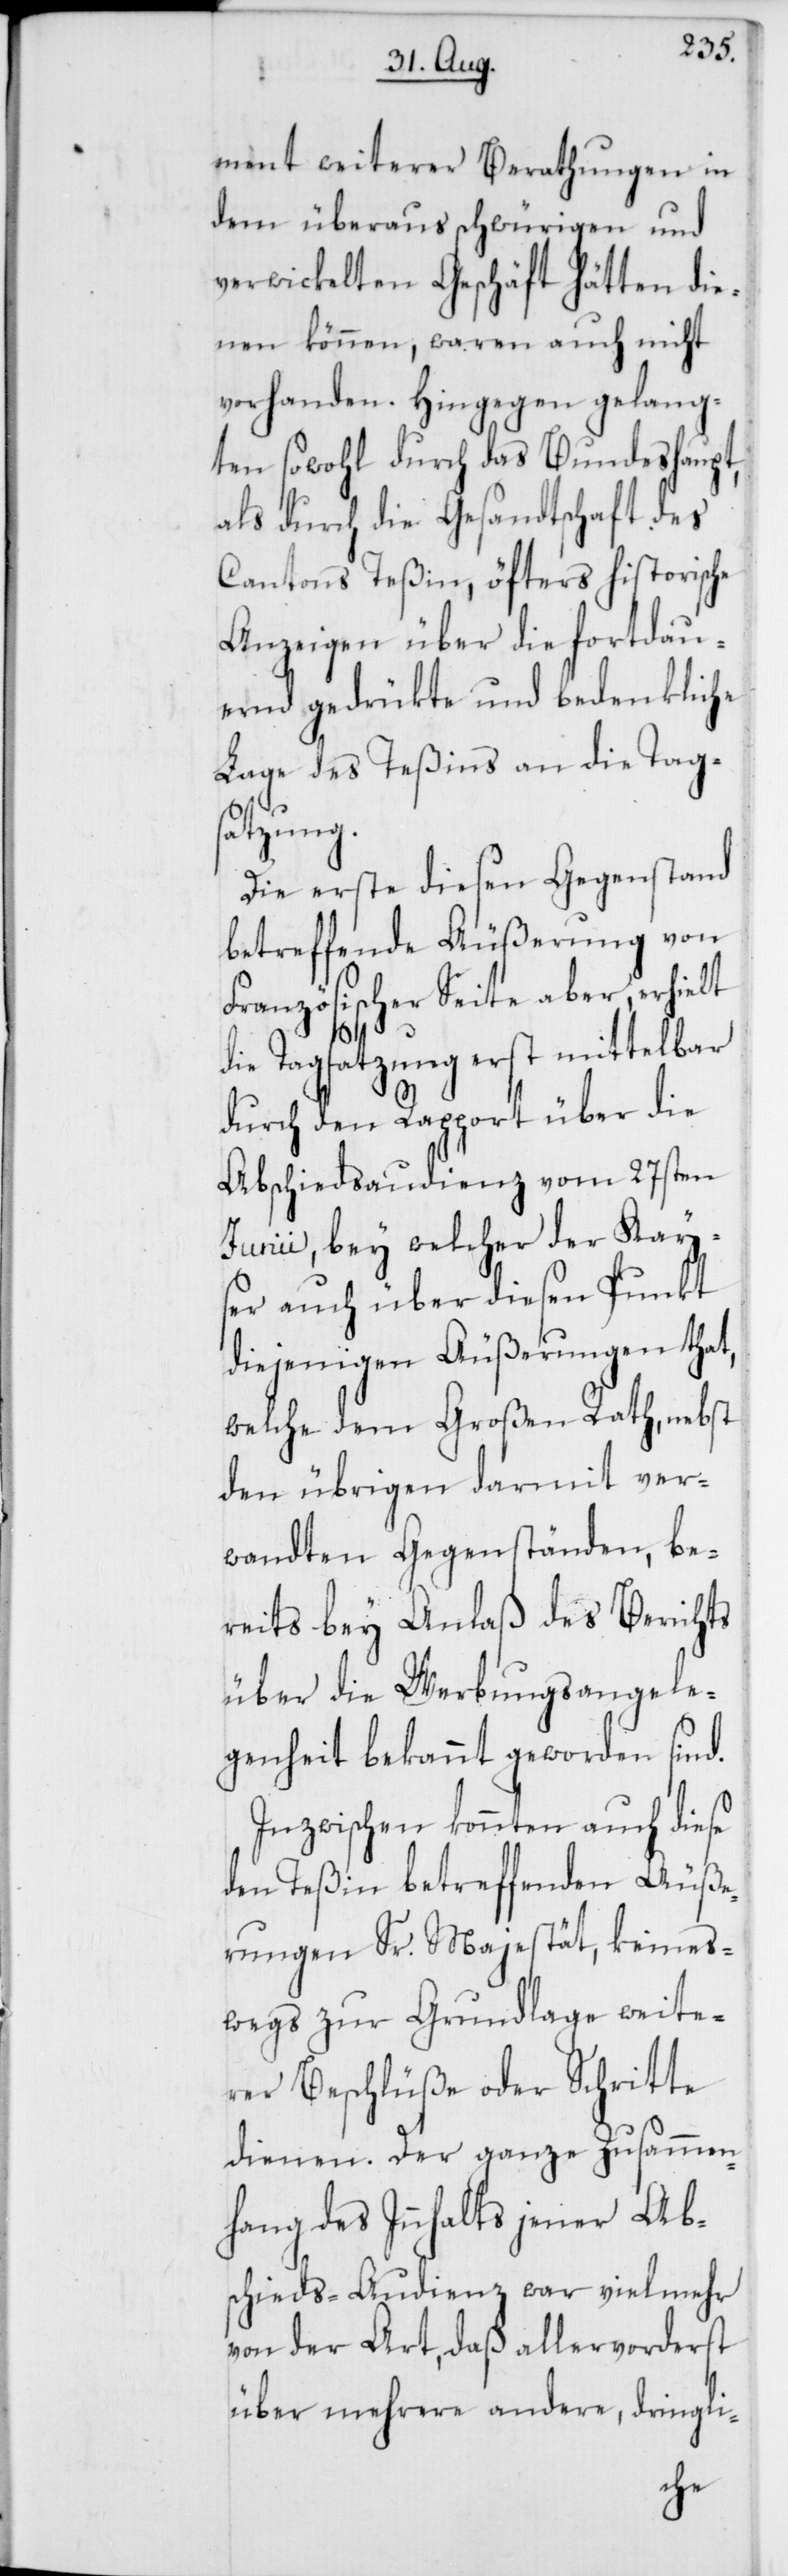
ment weiterer Berathungen in
dem überaus schwürigen und
verwickelten Geschäft hätten die¬
nen können, waren auch nicht
vorhanden. Hingegen gelang¬
ten sowohl durch das Bundeshaupt,
als durch die Gesandtschaft des
Cantons Teßin, öfters historische
Anzeigen über die fortdau¬
ernd gedrükte und bedenkliche
Lage des Teßins an die Tag¬
satzung.
Die erste diesen Gegenstand
betreffende Äußerung von
Französischer Seite aber, erhielt
die Tagsatzung erst mittelbar
durch den Rapport über die
Abschiedsaudienz vom 27sten
Junii, bey welcher der Kay¬
ser auch über diesen Punkt
diejenigen Äußerungen that,
welche dem Großen Rath, nebst
den übrigen darmit ver¬
wandten Gegenständen, be¬
reits bey Anlaß des Berichts
über die Werbungsangele¬
genheit bekannt geworden sind.
Inzwischen konnten auch diese
den Teßin betreffenden Äuße¬
rungen Sr. Majestät, keines¬
wegs zur Grundlage weite¬
rer Beschlüße oder Schritte
dienen. Der ganze Zusammen¬
hang des Inhalts jener Ab¬
schieds-Audienz war vielmehr
von der Art, daß allervorderst
über mehrere andere, dringli-